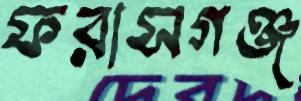
ফরাসগঞ্জ